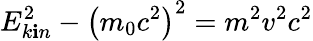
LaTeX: E_{k\mathbf{i}n}^{2}-\left(m_{0}c^{2}\right)^{2}=m^{2}v^{2}c^{2}